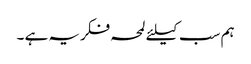
ہم سب کیلئے لمحہ فکریہ ہے ۔